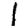
Digit: 1